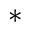
^ *